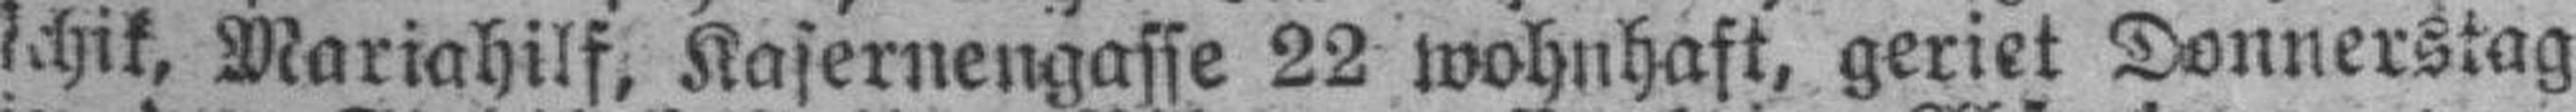
schik, Mariahilf, Kasernengasse 22 wohnhaft, geriet Donnerstag